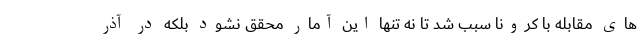
های مقابله با کرونا سبب شد تا نه تنها این آمار محقق نشود بلکه در آذر